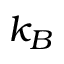
k _ { B }